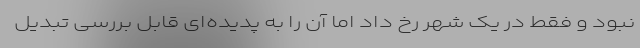
نبود و فقط در یک شهر رخ داد اما آن را به پدیده‌ای قابل بررسی تبدیل